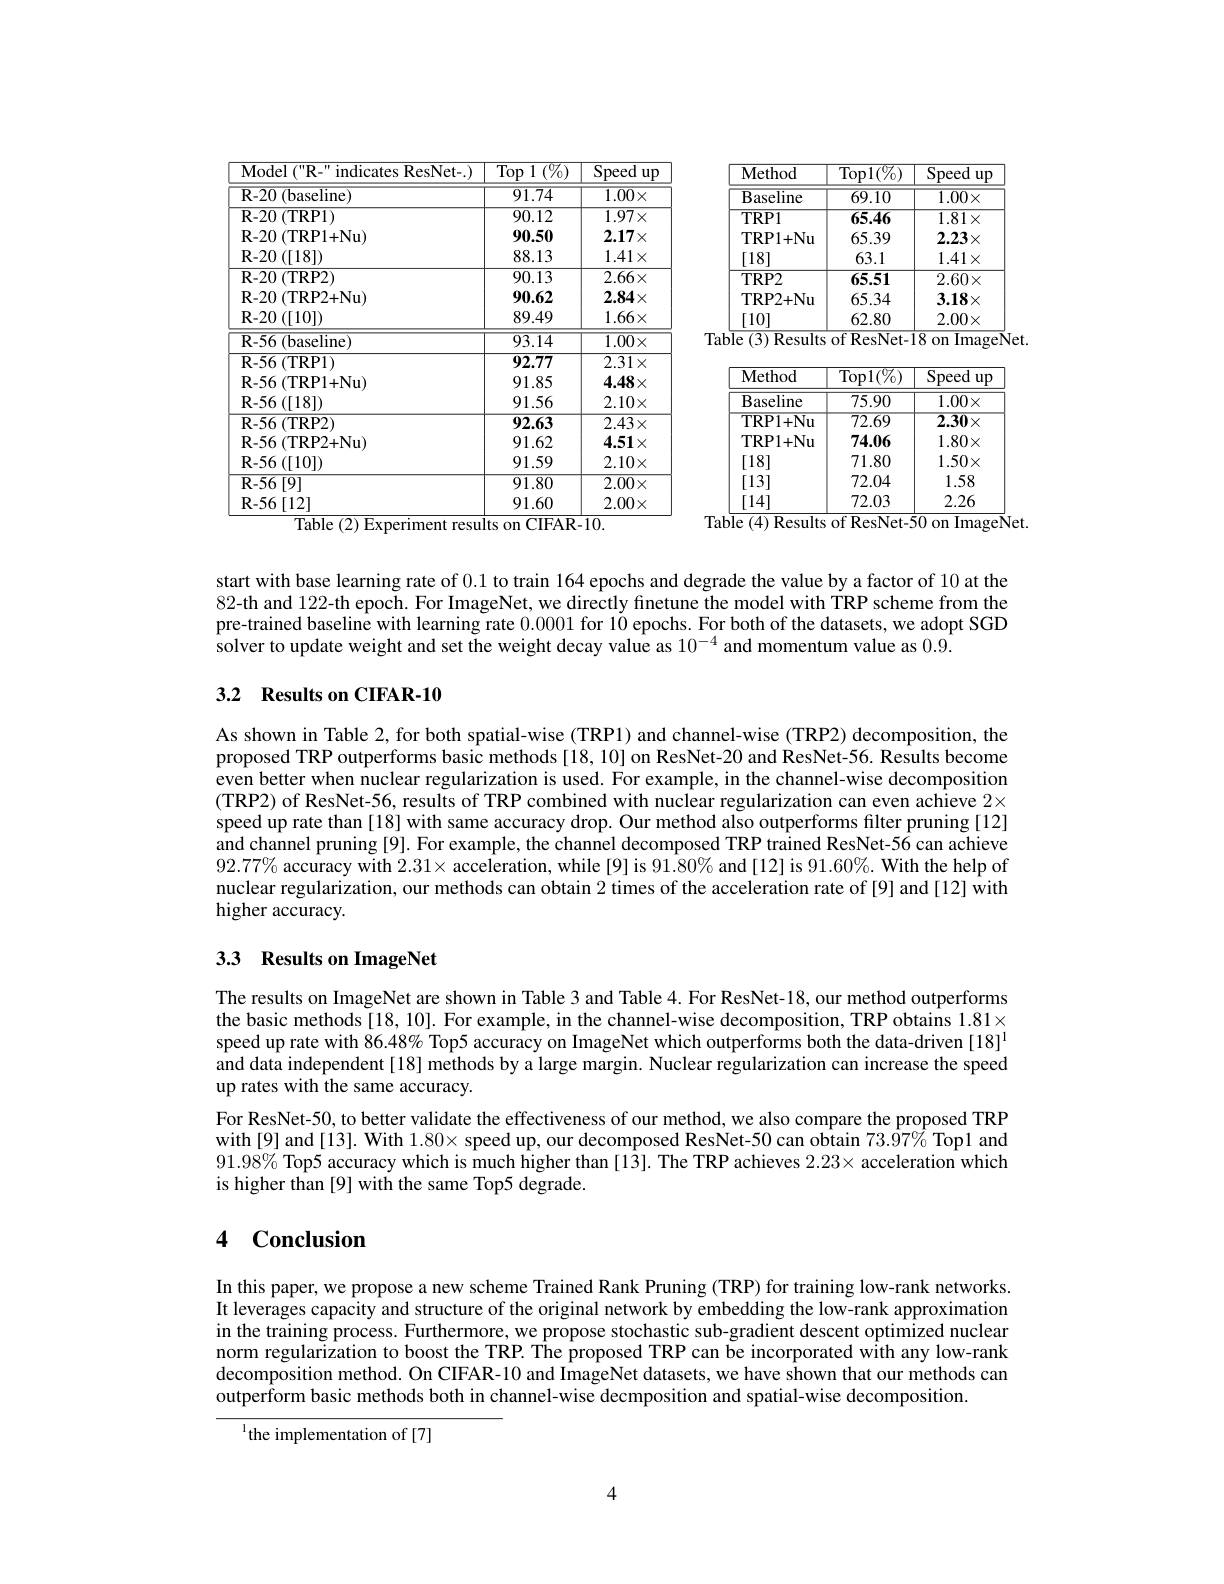
<table>
	<tbody>
		<tr>
			<th>Model ( " R- " indicates ResNet- . ) </th>
			<th>Top ,1 $( \% )$</th>
			<th>Speed $up$</th>
		</tr>
		<tr>
			<td>${\mathbf{R}-20(\mathbf{b}\mathbf{a}\mathbf{se}lin\mathbf{e})}$</td>
			<td>91.74</td>
			<td>$\overline{1.00\times}$</td>
		</tr>
		<tr>
			<td>$\mathbf{R} - 20$ $( \mathbf{b} \mathbf{a} \mathbf{s} \mathbf{e} \mathbf{l} \mathbf{n} \mathbf{e} )$ $\mathbf{R- 20}\left ( \mathrm{TRP1}\right )$ $\mathbf{R} - 20$ $( \mathbf{TRP}1+ \mathbf{Nu})$ $\mathbf{R} - 20$ ([18])</td>
			<td>91./4 90.12 90.50 88.13</td>
			<td>$1.00\times$ $1.97\times$ $2.17\times$ $1.41\times$</td>
		</tr>
		<tr>
			<td>R- 56 ( baseline) </td>
			<td>93.14</td>
			<td>$\overline{1.00\times}$</td>
		</tr>
		<tr>
			<td>R- 56$\left [ 12\right ]$</td>
			<td>91.60</td>
			<td>$2.00\times$</td>
		</tr>
	</tbody>
</table>
Table ( 2) Experiment

Table (3) Results of ResNet-18 on ImageNet.

<table>
	<tbody>
		<tr>
			<th>Method</th>
			<th>$\overline{\mathrm{Top1}(\%)}$</th>
			<th>$\overline{\mathrm{Speed}}$ $up$</th>
		</tr>
		<tr>
			<td>$Bi$ aseline</td>
			<td>75.90</td>
			<td>$1.00\times$</td>
		</tr>
		<tr>
			<td>TRP1+ Nu</td>
			<td>$\overline{72.69}$</td>
			<td>$2.30\times$</td>
		</tr>
		<tr>
			<td>TRP1+ Nu</td>
			<td>74.06</td>
			<td>$1.80\times$</td>
		</tr>
		<tr>
			<td>[18]</td>
			<td>71.80</td>
			<td>$1.50\times$</td>
		</tr>
		<tr>
			<td>[13]</td>
			<td>72.04</td>
			<td>1.58</td>
		</tr>
		<tr>
			<td>[14]</td>
			<td>72.03</td>
			<td>2.26</td>
		</tr>
	</tbody>
</table>
Table (4)Results of ResNet- 50 on ImageNet.

start with base learning rate of 0.1 to train 164 epochs and degrade the value by a factor of 10 at the 82-th and 122-th epoch. For ImageNet, we directly finetune the model with TRP scheme from the pre-trained baseline with learning rate 0.0001 for 10 epochs. For both of the datasets, we adopt SGD solver to update weight and set the weight decay value as $10^{-4}$ and momentum value as 0.9.

### 3.2 $\textbf{Results on CIFAR- 10}$

As shown in Table 2, for both spatial-wise (TRP1) and channel-wise (TRP2) decomposition, the proposed TRP outperforms basic methods[18,10] on ResNet-20 and ResNet-56. Results become even better when nuclear regularization is used. For example, in the channel-wise decomposition (TRP2) of ResNet-56, results of TRP combined with nuclear regularization can even achieve $2\times$ speed up rate than [18] with same accuracy drop. Our method also outperforms filter pruning [12] $\hat{\text{and channel pruning[9]. For example, the channel decomposed TRP trained ResNet-56 can achieve}}$ $92. 77\%$ accuracy with $2. 31\times \tilde{\text{ acceleration, while [ 9] is 91. 80\% }}$and [12] is 91.60%. With the help of nuclear regularization, our methods can obtain 2 times of the acceleration rate of [9] and [12] with higher accuracy.

# 3.3 Results on ImageNet

The results on ImageNet are shown in Table 3 and Table 4. For ResNet-18, our method outperforms the basic methods[18, 10]. For example, in the channel-wise decomposition, TRP obtains $1.81\times$ speed up rate with $\tilde{8}6.48\%$ Top5 accuracy on ImageNet which outperforms both the data-driven [18]$^{1}$ and data independent [18] methods by a large margin. Nuclear regularization can increase the speed up rates with the same accuracy.
For ResNet-50, to better validate the effectiveness of our method, we also compare the proposed TRP with[9] and[13]. With $1.80\times$ speed up, our decomposed ResNet-50 can obtain $73.\hat{97\%}$ Topl and $91.98\%$ Top5 accuracy which is much higher than [13]. The TRP achieves $2.23\times$ acceleration which is higher than [9] with the same Top5 degrade.

## 4 Conclusion

In this paper, we propose a new scheme Trained Rank Pruning (TRP) for training low-rank networks It leverages capacity and structure of the original network by embedding the low-rank approximation in the training process. Furthermore, we propose stochastic sub-gradient descent optimized nuclear norm regularization to boost the TRP. The proposed TRP can be incorporated wîth any low-rank decomposition method. On CIFAR-10 and ImageNet datasets, we have shown that our methods can outperform basic methods both in channel-wise decmposition and spatial-wise decomposition

$^{1}$the implementation of [7]